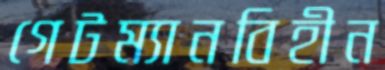
গেটম্যানবিহীন